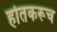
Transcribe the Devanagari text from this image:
होतकरूच